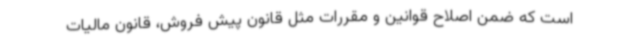
است که ضمن اصلاح قوانین و مقررات مثل قانون پیش فروش، قانون مالیات